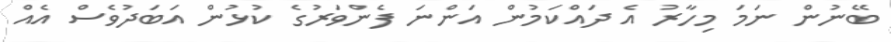
ބޭނުން ނަމަ މިހާރު އެ ދައްކަމުން އަންނަ ފެންވަރުގެ ކުޅުން އަބަދުވެސް އެއް